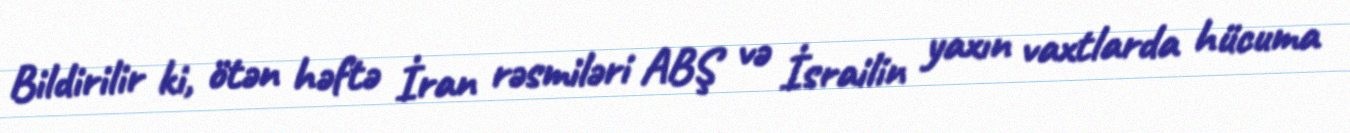
Bildirilir ki, ötən həftə İran rəsmiləri ABŞ və İsrailin yaxın vaxtlarda hücuma